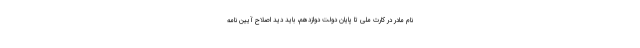
نام مادر در کارت ملی تا پایان دولت دوازدهم، باید دید اصلاح آیین نامه